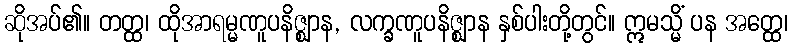
ဆိုအပ်၏။ တတ္ထ၊ ထိုအာရမ္မဏူပနိဇ္ဈာန, လက္ခဏူပနိဇ္ဈာန နှစ်ပါးတို့တွင်။ ဣမသ္မိံ ပန အတ္ထေ၊